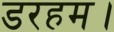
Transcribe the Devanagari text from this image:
डरहम।